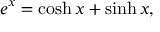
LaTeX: e ^ { x } = \cosh x + \sinh x ,